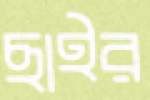
ছাইর